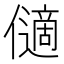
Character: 𠐝